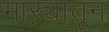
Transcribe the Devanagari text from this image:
माऱ्यातून